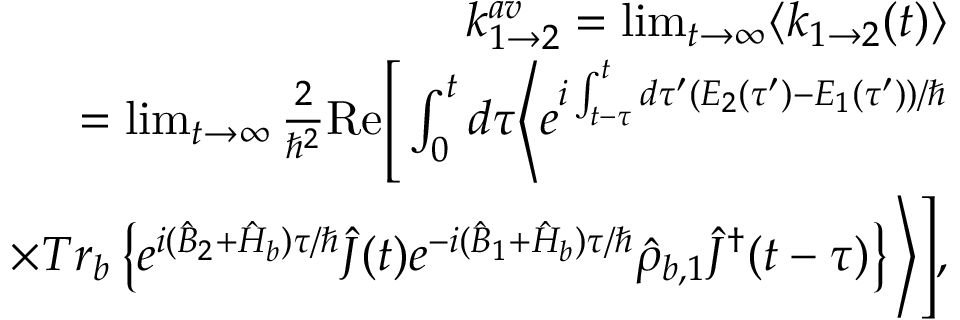
\begin{array} { r l r } & { } & { k _ { 1 \rightarrow 2 } ^ { a v } = \operatorname* { l i m } _ { t \rightarrow \infty } \langle k _ { 1 \rightarrow 2 } ( t ) \rangle } \\ & { } & { = \operatorname* { l i m } _ { t \rightarrow \infty } \frac { 2 } { \hbar ^ { 2 } } \mathrm { R e } \Bigg [ \int _ { 0 } ^ { t } d \tau \Bigg \langle e ^ { i \int _ { t - \tau } ^ { t } d \tau ^ { \prime } ( E _ { 2 } ( \tau ^ { \prime } ) - E _ { 1 } ( \tau ^ { \prime } ) ) / \hbar } } \\ & { } & { \times T r _ { b } \left\{ e ^ { i ( \hat { B } _ { 2 } + \hat { H } _ { b } ) \tau / \hbar } \hat { J } ( t ) e ^ { - i ( \hat { B } _ { 1 } + \hat { H } _ { b } ) \tau / \hbar } \hat { \rho } _ { b , 1 } \hat { J } ^ { \dagger } ( t - \tau ) \right\} \Bigg \rangle \Bigg ] , } \end{array}